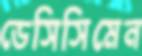
ডেসিসিমেন